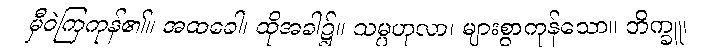
မှီဝဲကြကုန်၏။ အထခေါ၊ ထိုအခါ၌။ သမ္ပဟုလာ၊ များစွာကုန်သော။ ဘိက္ခူ၊